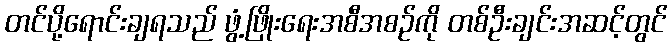
တင်ပို့ရောင်းချရသည် ဖွံ့ဖြိုးရေးအစီအစဉ်ကို တစ်ဦးချင်းအဆင့်တွင်